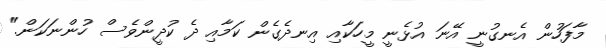
މާފަހުން އެނގުނީ އޭނަ އުޅެނީ މީހަކާއި އިނދެގެން ކަމާއި ދެ ކުދީންވެސް ހުންނަކަން."